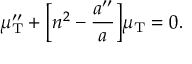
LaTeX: \mu _ { \mathrm { T } } ^ { \prime \prime } + \biggl [ n ^ { 2 } - \frac { a ^ { \prime \prime } } { a } \biggr ] \mu _ { \mathrm { T } } = 0 .